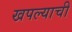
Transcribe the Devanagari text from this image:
खपल्याची